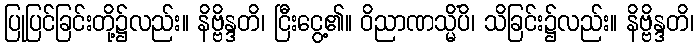
ပြုပြင်ခြင်းတို့၌လည်း။ နိဗ္ဗိန္ဒတိ၊ ငြီးငွေ့၏။ ဝိညာဏသ္မိံပိ၊ သိခြင်း၌လည်း။ နိဗ္ဗိန္ဒတိ၊